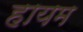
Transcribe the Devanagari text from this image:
हायम